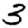
Digit: 3